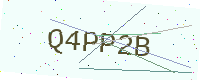
Text: Q4PP2B